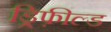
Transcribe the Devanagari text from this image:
ड्रिफ़ील्ड